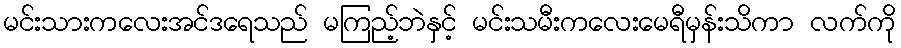
မင်းသားကလေးအင်ဒရေသည် မကြည့်ဘဲနှင့် မင်းသမီးကလေးမေရီမှန်းသိကာ လက်ကို